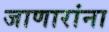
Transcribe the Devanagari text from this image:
जाणारांना